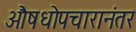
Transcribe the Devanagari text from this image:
औषधोपचारानंतर